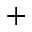
+